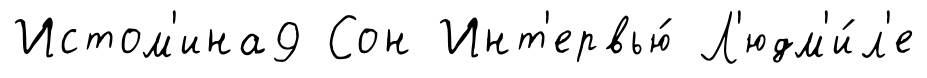
Истом'ина9 Сон Инт'ервью́ Л'юдм'и́л'е